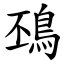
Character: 䲹